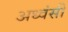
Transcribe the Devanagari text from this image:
अध्वंसी